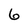
Character: 6